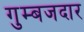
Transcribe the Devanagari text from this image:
गुम्बजदार